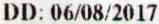
DD: 06/08/2017